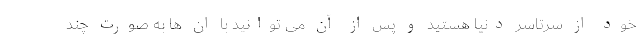
خود از سرتاسر دنیا هستید و پس از آن می توانید با ان ها به صورت چند